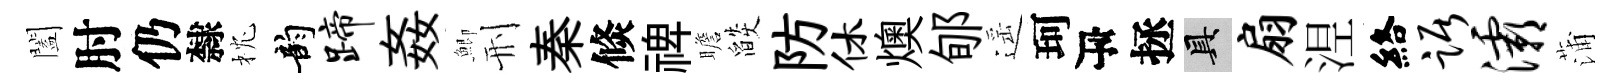
闔肘仍隸枕韵蹄姦鯽刑秦倐禆瞻燄防休燠郇遥珂瓴拯具扇𣵀絡踞灞蒲